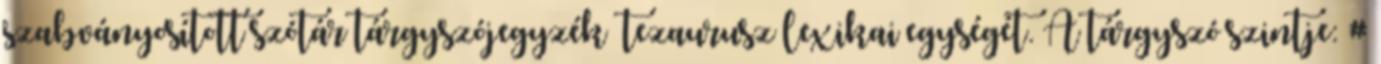
szabványosított szótár tárgyszójegyzék tezaurusz lexikai egységét. A tárgyszó szintje: #